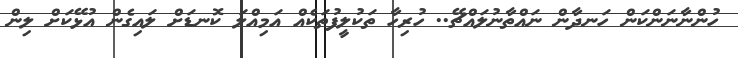
ހުންނާނަންކަން ހަނދާން ނައްތާނުލައްޗޭ.. ހުރިހާ ތަކުލީފުތަކެއް އަމިއްލަ ކޮނޑަށް ލައިގެން އުޅޭކަށް ލިން